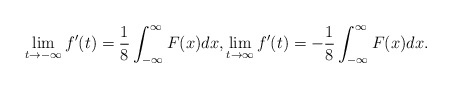
\begin{align*}\lim_{t\to -\infty}f'(t)=\frac{1}{8}\int_{-\infty}^{\infty}F(x)dx,\lim_{t\to\infty}f'(t)=-\frac{1}{8} \int_{-\infty}^{\infty}F(x)dx.\end{align*}